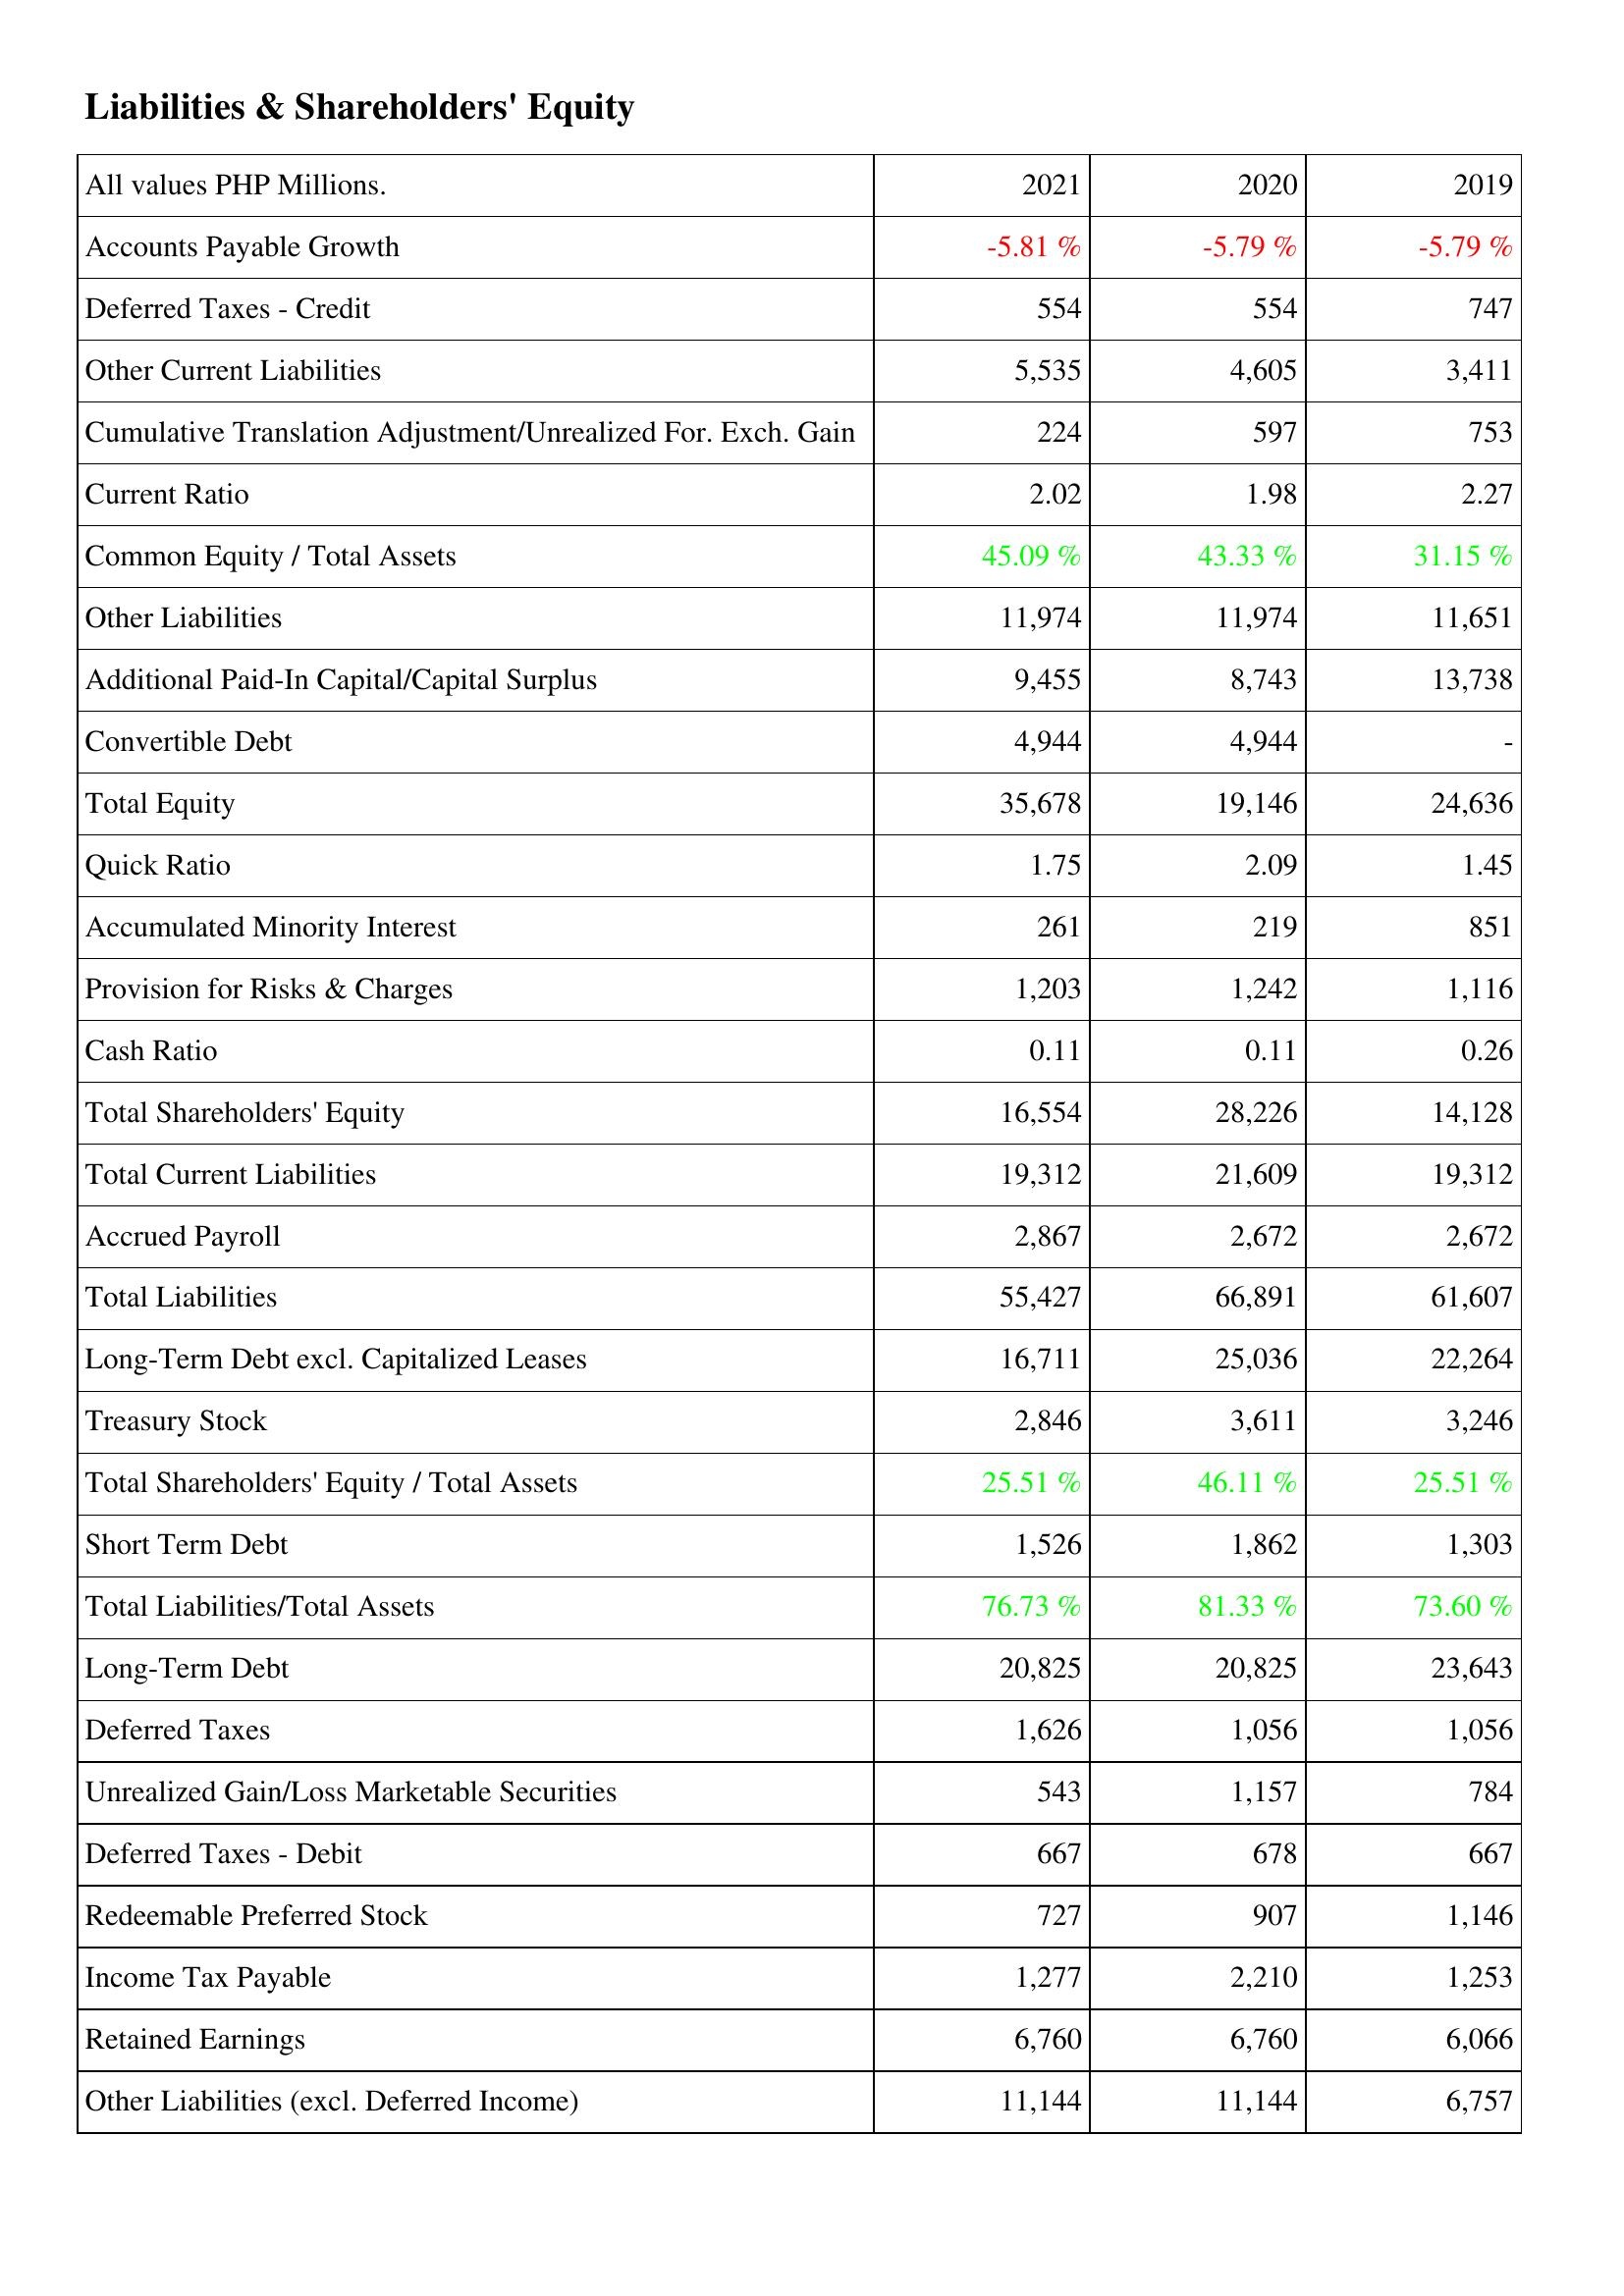
2021: Liabilities & Shareholders' Equity: Accounts Payable Growth: -5.81 %
Deferred Taxes - Credit: 554
Other Current Liabilities: 5,535
Cumulative Translation Adjustment/Unrealized For. Exch. Gain: 224
Current Ratio: 2.02
Common Equity / Total Assets: 45.09 %
Other Liabilities: 11,974
Additional Paid-In Capital/Capital Surplus: 9,455
Convertible Debt: 4,944
Total Equity: 35,678
Quick Ratio: 1.75
Accumulated Minority Interest: 261
Provision for Risks & Charges: 1,203
Cash Ratio: 0.11
Total Shareholders' Equity: 16,554
Total Current Liabilities: 19,312
Accrued Payroll: 2,867
Total Liabilities: 55,427
Long-Term Debt excl. Capitalized Leases: 16,711
Treasury Stock: 2,846
Total Shareholders' Equity / Total Assets: 25.51 %
Short Term Debt: 1,526
Total Liabilities/Total Assets: 76.73 %
Long-Term Debt: 20,825
Deferred Taxes: 1,626
Unrealized Gain/Loss Marketable Securities: 543
Deferred Taxes - Debit: 667
Redeemable Preferred Stock: 727
Income Tax Payable: 1,277
Retained Earnings: 6,760
Other Liabilities (excl. Deferred Income): 11,144
2020: Liabilities & Shareholders' Equity: Accounts Payable Growth: -5.79 %
Deferred Taxes - Credit: 554
Other Current Liabilities: 4,605
Cumulative Translation Adjustment/Unrealized For. Exch. Gain: 597
Current Ratio: 1.98
Common Equity / Total Assets: 43.33 %
Other Liabilities: 11,974
Additional Paid-In Capital/Capital Surplus: 8,743
Convertible Debt: 4,944
Total Equity: 19,146
Quick Ratio: 2.09
Accumulated Minority Interest: 219
Provision for Risks & Charges: 1,242
Cash Ratio: 0.11
Total Shareholders' Equity: 28,226
Total Current Liabilities: 21,609
Accrued Payroll: 2,672
Total Liabilities: 66,891
Long-Term Debt excl. Capitalized Leases: 25,036
Treasury Stock: 3,611
Total Shareholders' Equity / Total Assets: 46.11 %
Short Term Debt: 1,862
Total Liabilities/Total Assets: 81.33 %
Long-Term Debt: 20,825
Deferred Taxes: 1,056
Unrealized Gain/Loss Marketable Securities: 1,157
Deferred Taxes - Debit: 678
Redeemable Preferred Stock: 907
Income Tax Payable: 2,210
Retained Earnings: 6,760
Other Liabilities (excl. Deferred Income): 11,144
2019: Liabilities & Shareholders' Equity: Accounts Payable Growth: -5.79 %
Deferred Taxes - Credit: 747
Other Current Liabilities: 3,411
Cumulative Translation Adjustment/Unrealized For. Exch. Gain: 753
Current Ratio: 2.27
Common Equity / Total Assets: 31.15 %
Other Liabilities: 11,651
Additional Paid-In Capital/Capital Surplus: 13,738
Convertible Debt: -
Total Equity: 24,636
Quick Ratio: 1.45
Accumulated Minority Interest: 851
Provision for Risks & Charges: 1,116
Cash Ratio: 0.26
Total Shareholders' Equity: 14,128
Total Current Liabilities: 19,312
Accrued Payroll: 2,672
Total Liabilities: 61,607
Long-Term Debt excl. Capitalized Leases: 22,264
Treasury Stock: 3,246
Total Shareholders' Equity / Total Assets: 25.51 %
Short Term Debt: 1,303
Total Liabilities/Total Assets: 73.60 %
Long-Term Debt: 23,643
Deferred Taxes: 1,056
Unrealized Gain/Loss Marketable Securities: 784
Deferred Taxes - Debit: 667
Redeemable Preferred Stock: 1,146
Income Tax Payable: 1,253
Retained Earnings: 6,066
Other Liabilities (excl. Deferred Income): 6,757